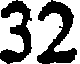
32